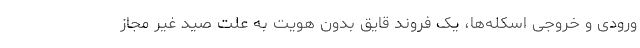
ورودی و خروجی اسکله‌ها، یک فروند قایق بدون هویت به علت صید غیر مجاز